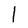
Character: l